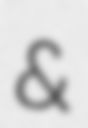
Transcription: &